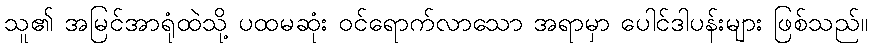
သူ၏ အမြင်အာရုံထဲသို့ ပထမဆုံး ဝင်ရောက်လာသော အရာမှာ ပေါင်ဒါပန်းများ ဖြစ်သည်။